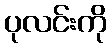
ပုလင်းကို